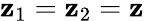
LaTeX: \mathbf{z}_{1}=\mathbf{z}_{2}=\mathbf{z}